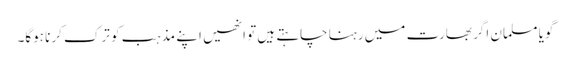
گویا مسلمان اگر بھارت میں رہنا چاہتے ہیں تو انھیں اپنے مذہب کو ترک کرنا ہوگا۔